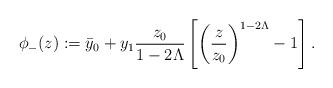
LaTeX: \begin{align*}\phi_-(z):=\bar y_0+y_1{z_0\over 1-2\Lambda}\left[\left({z\over z_0}\right)^{1-2\Lambda}-1\right].\end{align*}